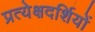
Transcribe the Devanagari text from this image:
प्रत्येक्षदर्शियों